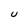
Character: U